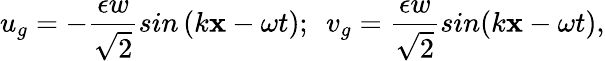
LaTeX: u_{g}=-\frac{\epsilon w}{\sqrt{2}}sin\left(k\mathbf{x}-\omega t\right);\ \ v_{g}=\frac{\epsilon w}{\sqrt{2}}sin(k\mathbf{x}-\omega t),